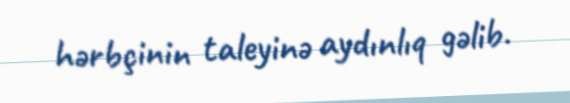
hərbçinin taleyinə aydınlıq gəlib.